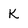
Character: K